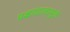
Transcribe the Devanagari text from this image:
पक्षाघातामुळे